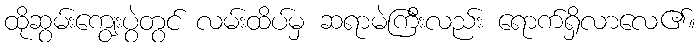
ထိုဆွမ်းကျွေးပွဲတွင် လမ်းထိပ်မှ ဆရာမဲကြီးလည်း ရောက်ရှိလာလေ၏။